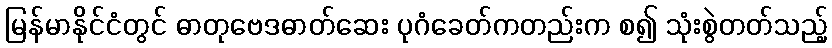
မြန်မာနိုင်ငံတွင် ဓာတုဗေဒဓာတ်ဆေး ပုဂံခေတ်ကတည်းက စ၍ သုံးစွဲတတ်သည့်